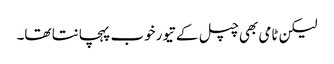
لیکن ٹامی بھی چپل کے تیور خوب پہچانتا تھا۔